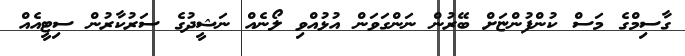
ގާސިމްގެ މަސް ކުންފުންޏަށް ބޭރުން ނަންގަވަން އުޅުއްވި ލޯނެއް ނަޝީދުގެ ސަރުކާރުން ސިޓީއެއް